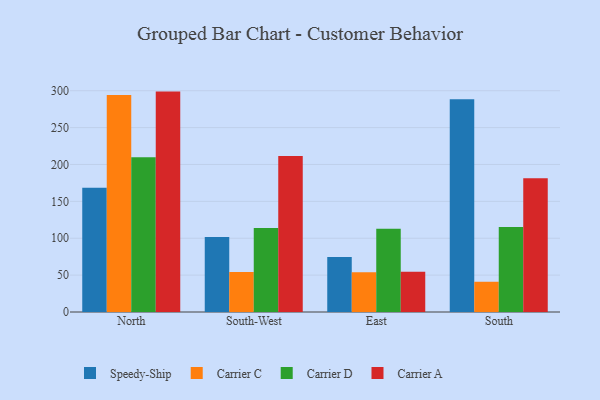
{"axis": {"x": "Region", "y": "Revenue (USD Million)"}, "legend": ["Carrier A", "Carrier C", "Carrier D", "Speedy-Ship"], "data": [{"x": "North", "y": 168.6, "type": "Speedy-Ship"}, {"x": "North", "y": 294.1, "type": "Carrier C"}, {"x": "North", "y": 209.9, "type": "Carrier D"}, {"x": "North", "y": 298.8, "type": "Carrier A"}, {"x": "South-West", "y": 101.8, "type": "Speedy-Ship"}, {"x": "South-West", "y": 54.3, "type": "Carrier C"}, {"x": "South-West", "y": 113.9, "type": "Carrier D"}, {"x": "South-West", "y": 211.5, "type": "Carrier A"}, {"x": "East", "y": 74.5, "type": "Speedy-Ship"}, {"x": "East", "y": 54.0, "type": "Carrier C"}, {"x": "East", "y": 113.0, "type": "Carrier D"}, {"x": "East", "y": 54.7, "type": "Carrier A"}, {"x": "South", "y": 288.4, "type": "Speedy-Ship"}, {"x": "South", "y": 41.0, "type": "Carrier C"}, {"x": "South", "y": 115.4, "type": "Carrier D"}, {"x": "South", "y": 181.2, "type": "Carrier A"}]}